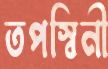
তপস্বিনী